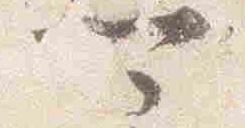
可